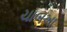
ચાબખા